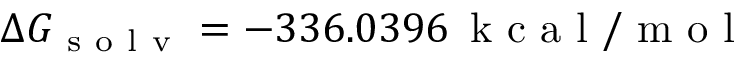
\Delta G _ { \mathrm { ~ s ~ o ~ l ~ v ~ } } = - 3 3 6 . 0 3 9 6 \, \mathrm { ~ k ~ c ~ a ~ l ~ / ~ m ~ o ~ l ~ }